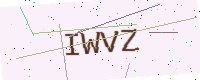
Text: IWVZ